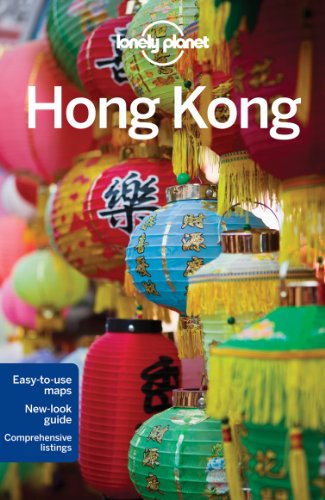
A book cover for Lonely Planet Hong Kong (Travel Guide); Lonely Planet; Travel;